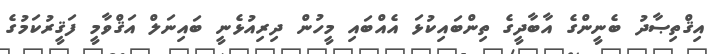
އިޤްތިޞާދު ބެނީންގެ އާބާދީގެ ތިންބައިކުޅަ އެއްބައި މީހުން ދިރިއުޅެނީ ބައިނަލް އަޤްވާމީ ފަޤީރުކަމުގެ